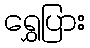
ရွှေပြား